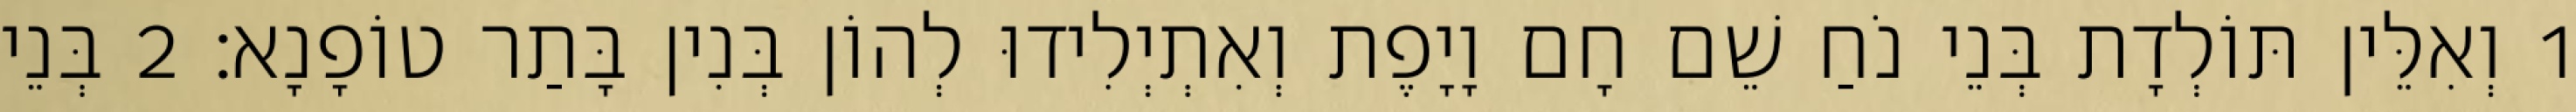
1 וְאִלֵּין תּוֹלְדָת בְּנֵי נֹחַ שֵׁם חָם וָיָפֶת וְאִתְיְלִידוּ לְהוֹן בְּנִין בָּתַר טוֹפָנָא׃ 2 בְּנֵי